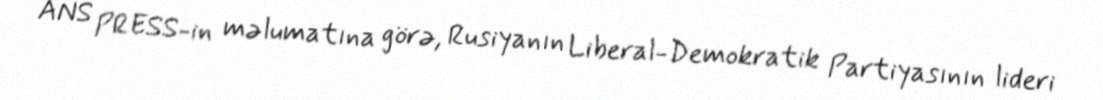
ANS PRESS-in məlumatına görə, Rusiyanın Liberal-Demokratik Partiyasının lideri